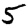
Digit: 5